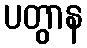
ပတွာန